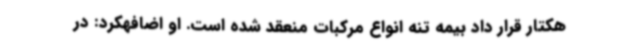
هکتار قرار داد بیمه تنه انواع مرکبات منعقد شده است. او اضافهکرد: در